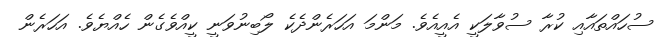
ސުހައްތައާއި ކުރާ ސުވާލަކީ އެއީއެވެ. މަންމަ އަހަރެންދެކެ ލޯބިނުވަނީ ކީއްވެގެން ހެއްޔެވެ. އަހަރެން